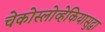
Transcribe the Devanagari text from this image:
चेकोस्लोव्हेकियासुद्धा